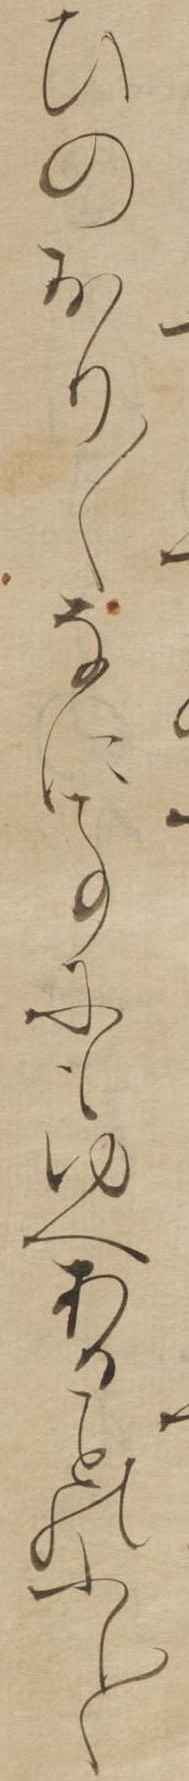
ひのおり〱なに事にもゆへあるのふし〱